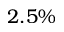
2 . 5 \%